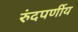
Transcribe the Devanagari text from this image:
रुंदपर्णीय